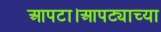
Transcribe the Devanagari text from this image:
आपटा।आपट्याच्या